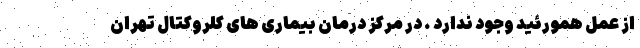
از عمل همورئید وجود ندارد . در مرکز درمان بیماری های کلروکتال تهران